Scottish Leaving Certificate Examination, 1952
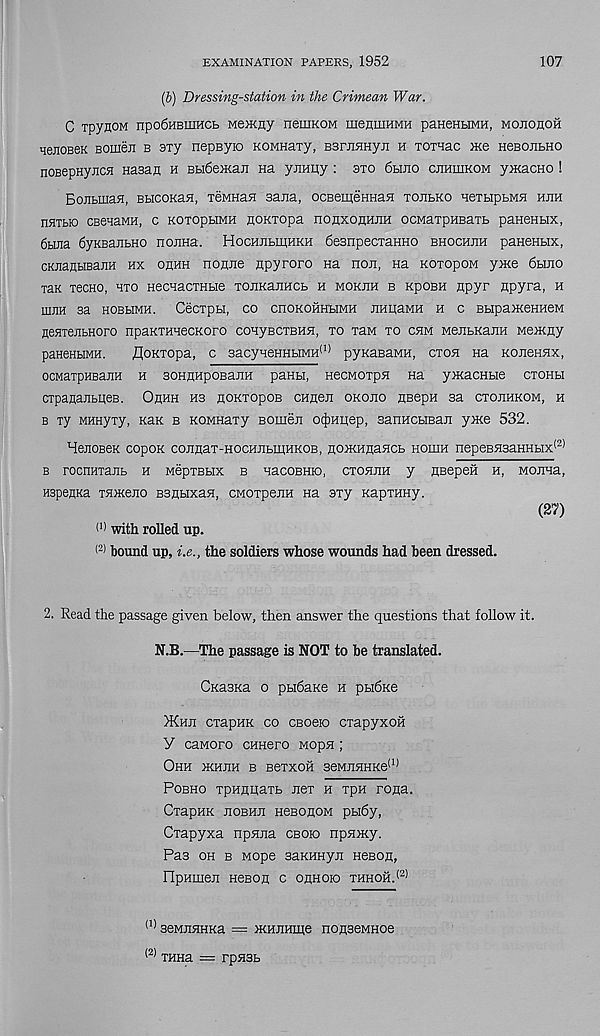
EXAMINATION PAPERS, 1952
107
(6) Dressing-station in the Crimean War.
C TpyHOM npogHBiiiHCb Memny neuiKOM menniHMH paHenbiMH, mojiohoh
HeEOBeK Bomeii b sxy nepsyio KOMHary, BsrjiHHyn h TOTTac me neBOJibHO
noBepHyjica Hasan h BbiOePKaii Ha yiiHHy: sto 6bmo cjihuikom yniacHo !
BojibinaH, BbicoKaa, xeMHan Sana, ocBemeKHan tojibko HeibipbMH hjih
IIHTblO CBeHaMH, C KOTOpbIMH ROKTOpa IIOHXOHHJIH OCMaXpHBaTb paneHblX,
6biiia 6yKBajibHO nojina. HocHJibmnKH 6esnpecxaHHO bhochjih panenbix,
CKnanbiBaiiH hx ohhh noniie npyroro na non, na kotopom yxce 6bmo
thk xecHO, hto HecxacTHbie xonKaiiHCb h mokjih b KpoBH Hpyr npyra, h
ihjih sa hobhmh. Cecxpbi, co cnoKOHHbiMH iiHiiaMH h c BbipameHHeM
HesnejibHoro npaKTHnecKoro coHyBCTBHH, xo xaM xo chm MejibKaiiH Memny
panenbiMH.
floKxopa, c 3acyHeHHHMH (1) pyuaBaMH, ctoh na KOiieHHx,
ocMaxpHEanH h BOHnHpoBajiH paHH, HecMOTpn na ymacHbie cxohh
cxpanajibHeB. Ohhh hs hoktopob CHflen okoho nsepH sa cxojihkom, h
b xy MHHyxy, khk b KOMHaxy Bomen o^nnep, sanHCbman yme 532.
HenoBeK copox cojinax-HOCHJibmHKOB, nobKHnancb hoihh nepeBH3aHHbix <2)
B rOCHHTaJIb H MepTBbIX B HaCOBHK), CT05IJIH y HBepeil H, MOJIHa,
HspeHKa THHceno BSHbixan, CMOxpeiiH na sxy KapxHHy.
(27)
l,) with rolled up.
< 2) bound up, i.e., the soldiers whose wounds had been dressed.
2. Read the passage given below, then answer the questions that follow it.
N.B.—The passage is NOT to be translated.
CKasKa o pbibaKe h phiOxe
>Khji cxapHK co CBoeio cxapyxon
Y canoro cHHero Mopn ;
Ohh pkhjih b BeXXOH 3eMJIHHKe (1 )
Pobho TpHflnaxb nex h xpH rona.
CxapHK jiobhji HesonoM pbi6y,
Cxapyxa npnjia cboio npHHiy.
Pas oh b Mope saKHHyn neBOn,
ripHiueji HeBon c ohhoio xhhoh. (2)
(1) seMiiHHKa = mHJiHme nonseMHoe
(2) THHa = rpHSb